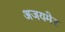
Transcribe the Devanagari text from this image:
अजयमेर